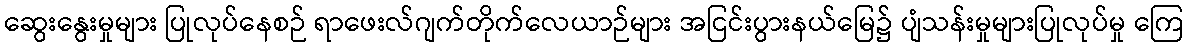
ဆွေးနွေးမှုများ ပြုလုပ်နေစဉ် ရာဖေးလ်ဂျက်တိုက်လေယာဉ်များ အငြင်းပွားနယ်မြေ၌ ပျံသန်းမှုများပြုလုပ်မှု ကြေ